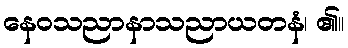
နေဝသညာနာသညာယတနံ၊ ၏။